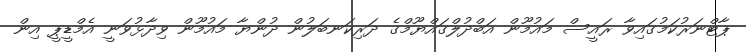
ޕާޓްނަރުކަމުގައިވާ ރައީސް މައުމޫން އަބްދުލްގައްޔޫމްގެ ދަރިކަނބަލުން ދުންޔާ މައުމޫން ވިދާޅުވަނީ އެމްޑީޕީ އިން